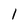
Character: 1